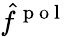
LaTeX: \hat{f}^{\mathrm{~p~o~l~}}